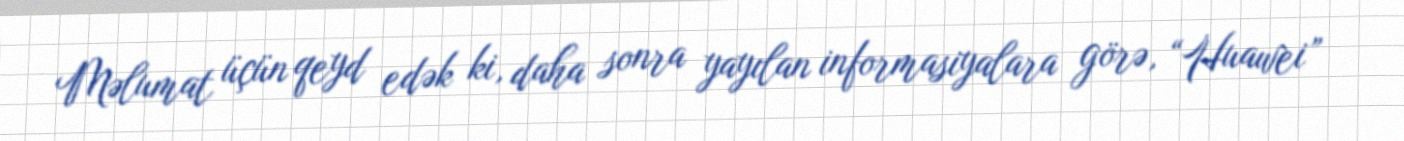
Məlumat üçün qeyd edək ki, daha sonra yayılan informasiyalara görə, “Huawei”